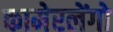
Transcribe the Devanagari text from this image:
कामेरलेंगो